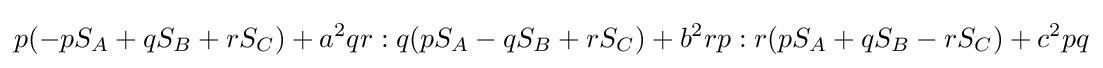
p(-pS_{A}+qS_{B}+rS_{C})+a^{2}qr:q(pS_{A}-qS_{B}+rS_{C})+b^{2}rp:r(pS_{A}+qS_{B}-rS_{C})+c^{2}pq